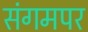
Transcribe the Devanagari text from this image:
संगमपर